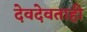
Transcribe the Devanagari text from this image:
देवदेवताही